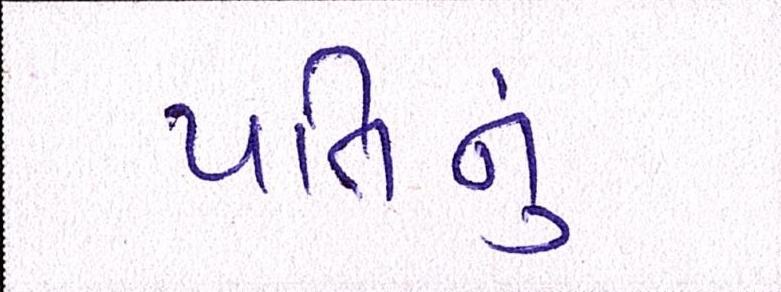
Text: પતિનું